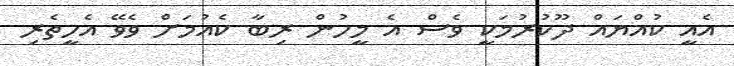
އެއީ ކުއްޔައް ދޫކުރުމަކީ ވެސް އެ މީހުން ރިބާ ކެއުމަށް ވެވޭ އެހީތެރި